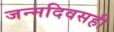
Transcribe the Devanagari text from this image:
जन्मदिवसही